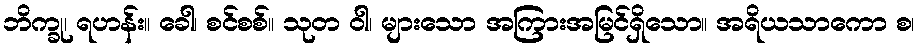
ဘိက္ခု၊ ရဟန်း။ ခေါ၊ စင်စစ်။ သုတ ဝါ၊ များသော အကြားအမြင်ရှိသော။ အရိယသာကော စ၊